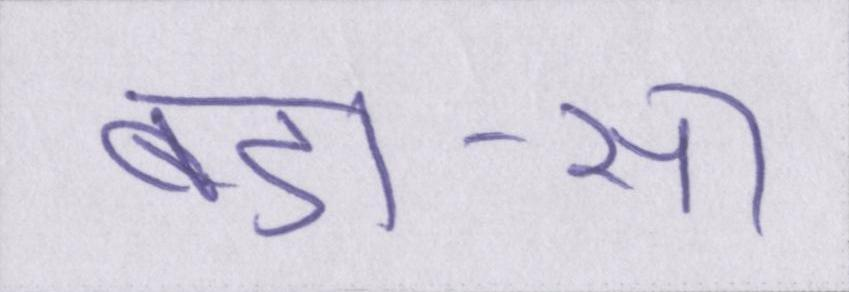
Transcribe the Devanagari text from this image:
बड़ा-सा